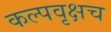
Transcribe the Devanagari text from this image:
कल्पवृक्षच